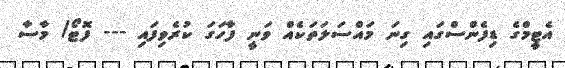
އެޓީމްގެ ޑިފެންސްގައި ގިނަ މައްސަލަތަކެއް ވަނީ ފާހަގަ ކުރެވިފައި --- ފޮޓޯ/ މާސާ